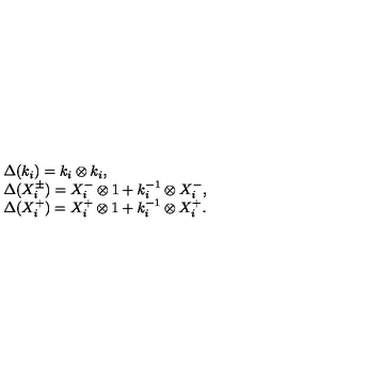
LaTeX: \begin{array} { r c l } { } & { } & { \Delta ( k _ { i } ) = k _ { i } \otimes k _ { i } , } \\ { } & { } & { \Delta ( X _ { i } ^ { \pm } ) = X _ { i } ^ { - } \otimes 1 + k _ { i } ^ { - 1 } \otimes X _ { i } ^ { - } , } \\ { } & { } & { \Delta ( X _ { i } ^ { + } ) = X _ { i } ^ { + } \otimes 1 + k _ { i } ^ { - 1 } \otimes X _ { i } ^ { + } . } \\ \end{array}